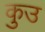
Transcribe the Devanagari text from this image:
कुउ